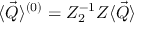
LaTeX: \langle \vec { Q } \rangle ^ { ( 0 ) } = Z _ { 2 } ^ { - 1 } Z \langle \vec { Q } \rangle